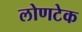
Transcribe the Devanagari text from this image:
लोणटेक